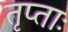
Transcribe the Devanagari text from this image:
तृप्ताः